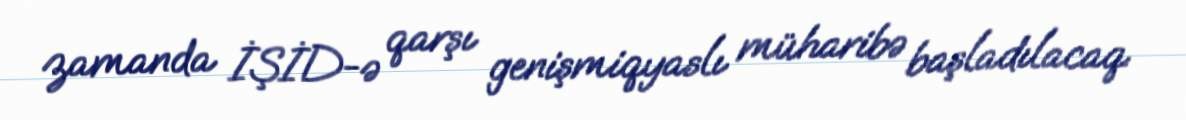
zamanda İŞİD-ə qarşı genişmiqyaslı müharibə başladılacaq.